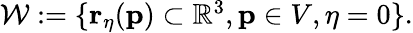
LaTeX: \begin{array}{r}{\mathcal{W}:=\{ \mathbf{r}_{\eta}(\mathbf{p})\subset\mathbb{R}^{3},\mathbf{p}\in V,\eta=0\} .}\end{array}